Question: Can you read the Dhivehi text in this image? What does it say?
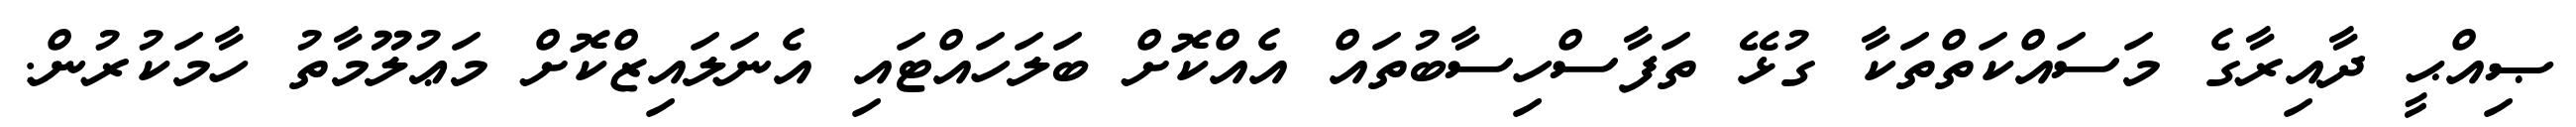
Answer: ޞިއްޙީ ދާއިރާގެ މަސައްކަތްތަކާ ގުޅޭ ތަފާސްހިސާބުތައް އެއްކޮށް ބަލަހައްޓައި އެނަލައިޒްކޮށް މަޢުލޫމާތު ހާމަކުރުން.